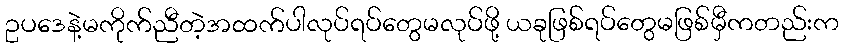
ဥပဒေနဲ့မကိုက်ညီတဲ့အထက်ပါလုပ်ရပ်တွေမလုပ်ဖို့ ယခုဖြစ်ရပ်တွေမဖြစ်မှီကတည်းက